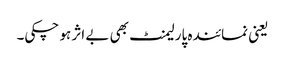
یعنی نمائندہ پارلیمنٹ بھی بے اثر ہو چکی۔